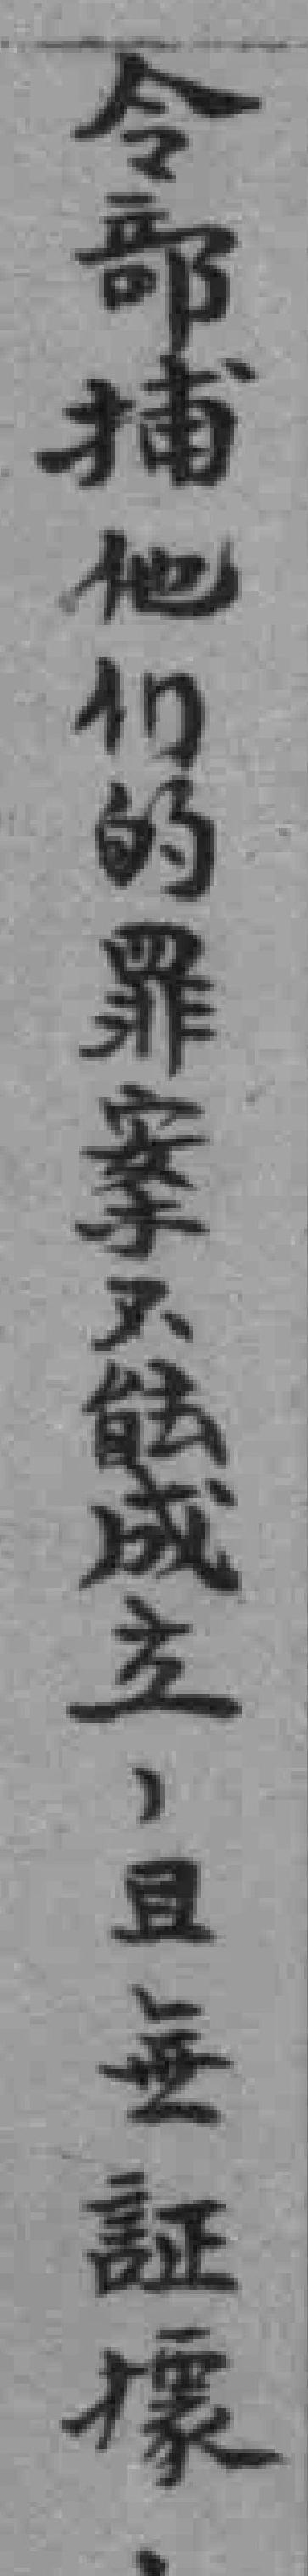
令部捕他们的罪案不能成立，且無証據